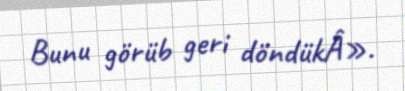
Bunu görüb geri döndükÂ».